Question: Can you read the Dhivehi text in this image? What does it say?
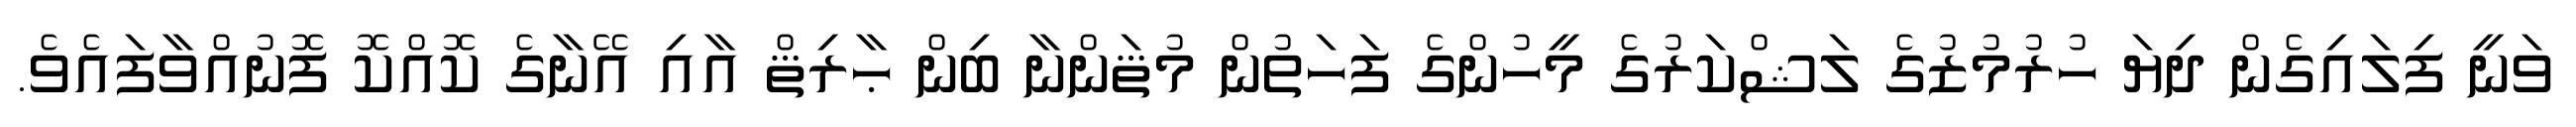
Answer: ވަނީ ފިލައިގެން ދިޔަ ހުރުމުޒުގެ ލަޝްކަރުގެ މީހުންގެ ފަހަތުން މުޘަންނާ ބިން ޙާރިޘް އާއި އޭނާގެ ކޮއްކޮ ފޮނުއްވާފައެވެ.